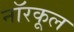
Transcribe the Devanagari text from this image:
नॉरकूल